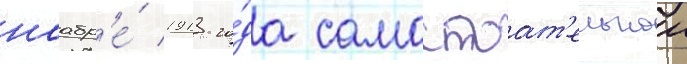
ноабр'е́ 1913 го́да самостоат'ельнои